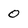
Character: 0